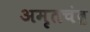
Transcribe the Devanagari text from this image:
अमृतचंद्र